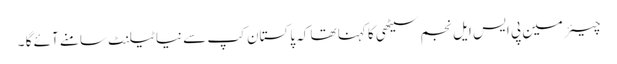
چیئرمین پی ایس ایل نجم سیٹھی کا کہنا تھا کہ پاکستان کپ سے نیا ٹیلنٹ سامنے آئے گا ۔